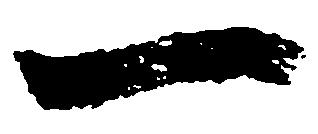
一